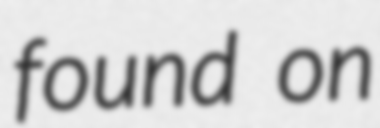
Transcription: found on